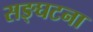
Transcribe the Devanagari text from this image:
सङ्घटना